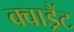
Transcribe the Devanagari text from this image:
क्वाड्रैंट